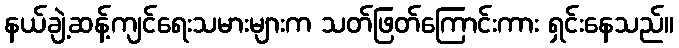
နယ်ချဲ့ဆန့်ကျင်ရေးသမားများက သတ်ဖြတ်ကြောင်းကား ရှင်းနေသည်။